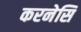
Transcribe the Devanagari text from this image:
करनेसि